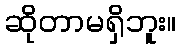
ဆိုတာမရှိဘူး။